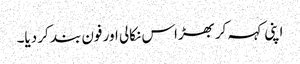
اپنی کہہ کر بھڑاس نکالی اور فون بند کر دیا۔